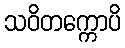
သဝိတက္ကောပိ